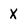
Character: X